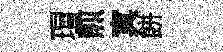
瑁煎㝠餅